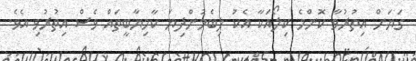
ގަޔަށް އިތުރުވާ ކޮންމެ ކިލޯއަކާ އެކު ލިބެމުންދިޔަ ކާމިޔާބީތައް ވެސް އިތުރުވި އެވެ.